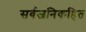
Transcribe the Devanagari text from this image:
सर्वजनिकहित